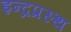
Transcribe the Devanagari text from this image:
इन्‍द्रप्रस्‍थ